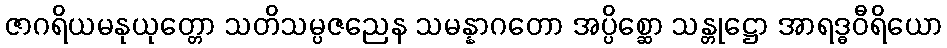
ဇာဂရိယမနုယုတ္တော သတိသမ္ပဇညေန သမန္နာဂတော အပ္ပိစ္ဆော သန္တုဋ္ဌော အာရဒ္ဓဝီရိယော